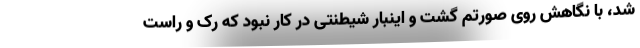
شد، با نگاهش روی صورتم گشت و اینبار شیطنتی در کار نبود که رک و راست